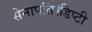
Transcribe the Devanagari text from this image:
सेनापति।डिप्टी